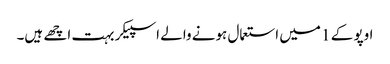
اوپو کے 1 میں استعمال ہونے والے اسپیکر بہت اچھے ہیں۔